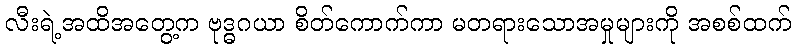
လီးရဲ့အထိအတွေ့က ဗုဒ္ဓဂယာ စိတ်ကောက်ကာ မတရားသောအမှုများကို အစစ်ထက်